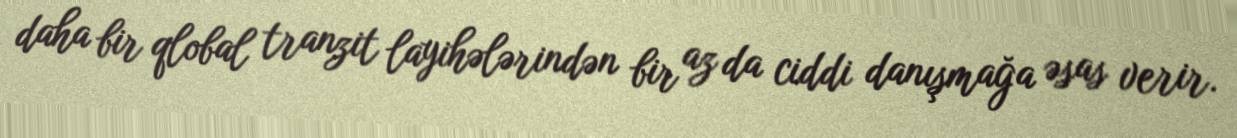
daha bir qlobal tranzit layihələrindən bir az da ciddi danışmağa əsas verir.